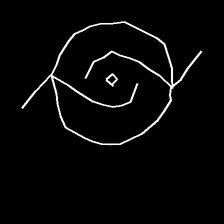
Glyph: repetition